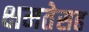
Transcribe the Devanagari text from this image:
क्षमतेसह